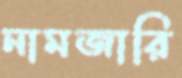
নামজারি